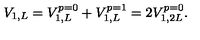
V _ { 1 , L } = V _ { 1 , L } ^ { p = 0 } + V _ { 1 , L } ^ { p = 1 } = 2 V _ { 1 , 2 L } ^ { p = 0 } .